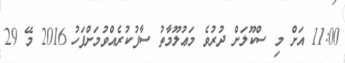
11:00 އަށް މި ސްކޫލަށް ދުރުވެ މަޢުލޫމާތު ސާފުކުރެއްވުމަށްފަހު 2016 މޭ 29